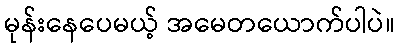
မုန်းနေပေမယ့် အမေတယောက်ပါပဲ။